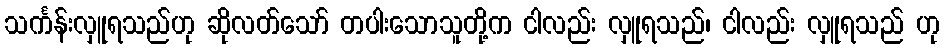
သင်္ကန်းလှူရသည်ဟု ဆိုလတ်သော် တပါးသောသူတို့က ငါလည်း လှူရသည်၊ ငါလည်း လှူရသည် ဟု